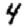
Digit: 4